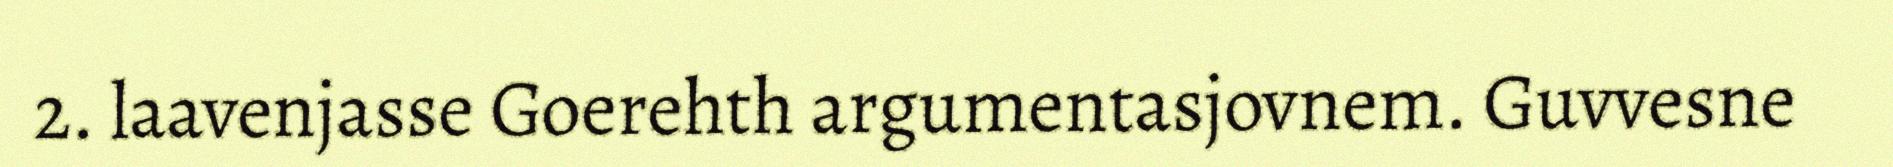
2. laavenjasse Goerehth argumentasjovnem. Guvvesne